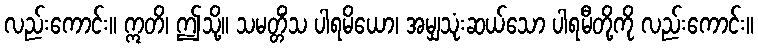
လည်းကောင်း။ ဣတိ၊ ဤသို့။ သမတ္တိံသ ပါရမိယော၊ အမျှသုံးဆယ်သော ပါရမီတို့ကို လည်းကောင်း။